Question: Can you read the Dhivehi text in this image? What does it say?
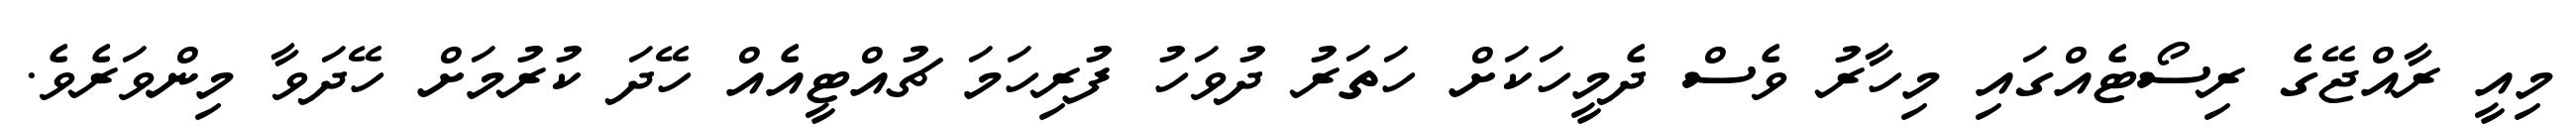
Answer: މިއީ ރާއްޖޭގެ ރިސޯޓެއްގައި މިހާރު ވެސް ދެމީހަކަށް ހަތަރު ދުވަހު ފުރިހަމަ ޗުއްޓީއެއް ހޭދަ ކުރުމަށް ހޭދަވާ މިންވަރެވެ.